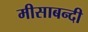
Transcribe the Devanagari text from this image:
मीसाबन्दी